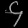
Digit: ၄